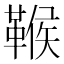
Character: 𩋴